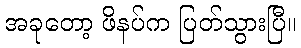
အခုတော့ ဖိနပ်က ပြတ်သွားပြီ။